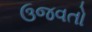
ઉજવતો